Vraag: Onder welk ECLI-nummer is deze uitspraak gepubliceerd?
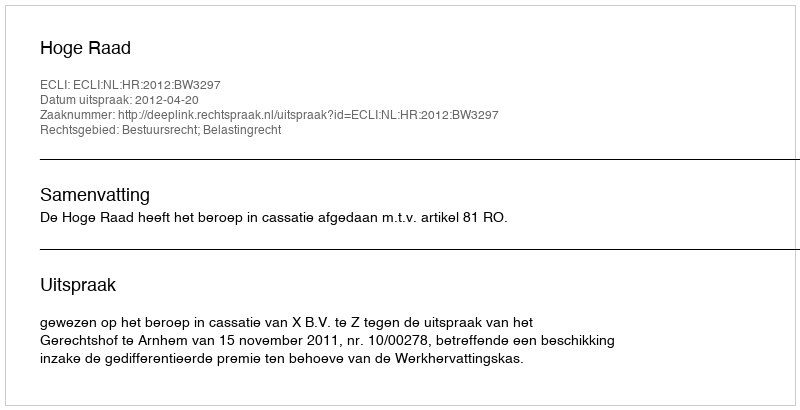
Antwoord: ECLI:NL:HR:2012:BW3297